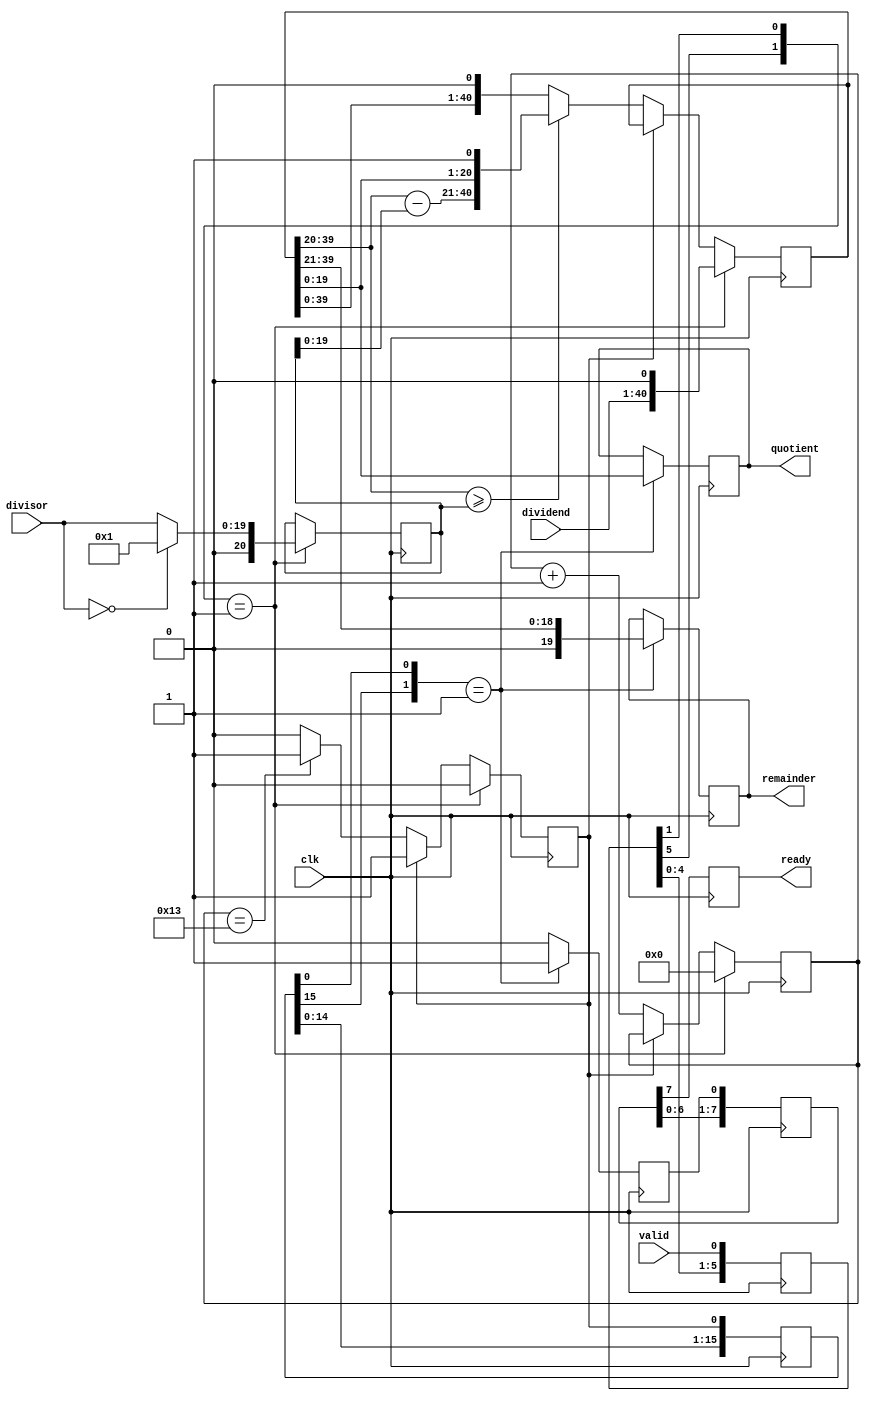
`timescale 1ns / 1ps
///////////////////////////////////////////////////////////////////////////////
// COPYRIGHT(c)2021, GENERTEC GUOCE TIME GRATING TECHNOLOGY CO.,LTD. 
// All rights reserved.
// Version     : 0.1
// Description :
//    
//
// Parameter   :
//    DIV_WIDTH    
//    
// IO Port     :
// 	  quotient   
// 	  remainder  

// Modification History:
//   Date       |   Author      |   Version     |   Change Description
//==============================================================================
// 2021-09-30  |    caiwei     |     0.1        |    Base Version    
// 2021-11-16  |    caiwei     |     0.1        |    Base Version    
// 2021-11-25  |    caiwei     |     0.2        |    Base Version    , ready
// 2021-05-14  |    caiwei     |     0.2        |    Base Version    

////////////////////////////////////////////////////////////////////////////////

module 	division #
    (
        parameter integer DIV_WIDTH	= 20 
    )
    (
    clk, 
    valid, 
    dividend, 
    divisor, 
    quotient, 
    remainder, 
    ready
    );
    
    input clk;
    input valid;
    input [DIV_WIDTH*2-1:0] dividend;
    input [DIV_WIDTH-1:0] divisor;
    
    output [DIV_WIDTH-1:0] quotient;
    output [DIV_WIDTH-1:0] remainder;
    output ready;
    
    reg [DIV_WIDTH*2 : 0] divn;
    reg [DIV_WIDTH   : 0] divr;
    reg [5:0] counter = 0;
    reg do_sig =0;
    reg do_sig_last =0;
    reg validg  = 0;
    reg divAsignal = 0;
    reg divBsignal = 0;

    reg  [DIV_WIDTH-1:0] quotient;
    reg  [DIV_WIDTH-1:0] remainder;

    reg ready;

    reg [7:0] validDelay = 0;
    always @(posedge clk)
    begin
        validDelay  <= {validDelay,valid};

        if({validDelay[5],validDelay[1]}==2'b01) begin // keep 5 clap
            do_sig <= 0;
            
            divn <= dividend << 1;
            divAsignal <= 1'b0;

            if(divisor==0)begin
                    divr <= 1;
                    divBsignal <= 1'b0;
                end
            else begin
                    divr <= divisor;
                    divBsignal <= 1'b0;
            end
            
            counter <= 0;
        end
        else begin
            if(~do_sig) begin		
                counter <= counter + 1'b1;
                if(divn[(DIV_WIDTH*2 - 1):DIV_WIDTH] >= divr) 
                begin
                    divn    <= {{(divn[(DIV_WIDTH*2 - 1): DIV_WIDTH]- divr), divn[DIV_WIDTH-1:0]}, 1'b1};
                end
                else begin
                    divn    <= {divn,1'b0};
                end
                if(counter == DIV_WIDTH -1) begin
                    do_sig  <= 1;
                end
            end
        end
    end
    
        
//	assign quotient  =  (divAsignal^divBsignal)?  (0-divn[(DIV_WIDTH - 1):0]) : (divn[(DIV_WIDTH - 1):0]);//
    
    //
    
    reg  [19:0] readyBuf = 0;
    reg  DataReady = 0;
    reg  [19:0] readyOut = 0;
    always @(posedge clk)
    begin
        readyBuf <= {readyBuf[18:0],do_sig};

        if({readyBuf[15],readyBuf[0]}==2'b01) begin
            quotient  <=  divn[(DIV_WIDTH - 1):0];  //
            remainder <=  divn[(DIV_WIDTH*2 - 1):DIV_WIDTH]>>1;
            DataReady <=  1;
        end
        else begin
            DataReady <=  0;
        end
        readyOut <= {readyOut[18:0],DataReady};
        ready    <= readyOut[7];

    end

    // assign ready     =  do_sig_last;
    
endmodule